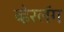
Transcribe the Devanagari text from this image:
व्हेरलॅग